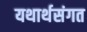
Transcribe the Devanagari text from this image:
यथार्थसंगत